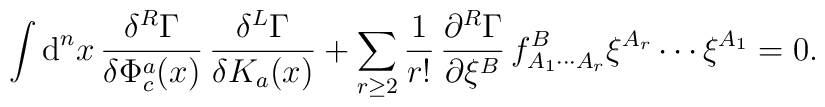
\int \mbox{d}^nx\,  \frac{\delta^R \Gamma}{\delta\Phi^a_c(x)}\, \frac{\delta^L \Gamma}{\delta K_a(x)} + \sum_{r\geq 2}\frac 1{r!}\,\frac{\partial^R \Gamma}{\partial \xi^B} \, f_{A_1\cdots A_r}^{B}\xi^{A_r}\cdots\xi^{A_1} = 0.